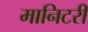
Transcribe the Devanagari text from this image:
मानिटरी